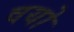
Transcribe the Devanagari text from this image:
वयो